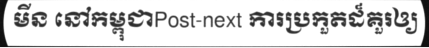
មីន នៅកម្ពុជាPost-next ការប្រកួតដ៏គួរឲ្យ